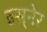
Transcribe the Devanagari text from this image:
इस़्नेर